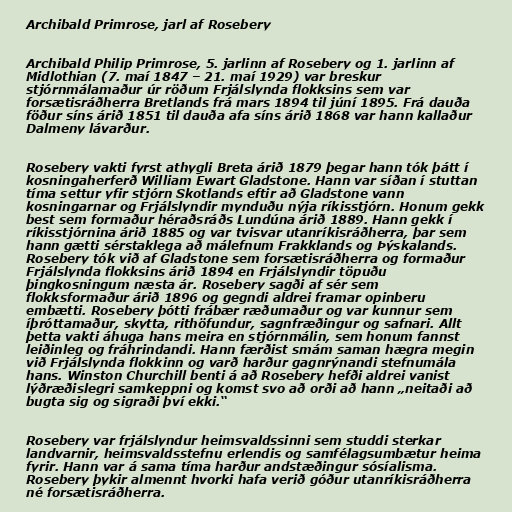
Archibald Primrose, jarl af Rosebery

Archibald Philip Primrose, 5. jarlinn af Rosebery og 1. jarlinn af
Midlothian (7. maí 1847 – 21. maí 1929) var breskur
stjórnmálamaður úr röðum Frjálslynda flokksins sem var
forsætisráðherra Bretlands frá mars 1894 til júní 1895. Frá dauða
föður síns árið 1851 til dauða afa síns árið 1868 var hann kallaður
Dalmeny lávarður.

Rosebery vakti fyrst athygli Breta árið 1879 þegar hann tók þátt í
kosningaherferð William Ewart Gladstone. Hann var síðan í stuttan
tíma settur yfir stjórn Skotlands eftir að Gladstone vann
kosningarnar og Frjálslyndir mynduðu nýja ríkisstjórn. Honum gekk
best sem formaður héraðsráðs Lundúna árið 1889. Hann gekk í
ríkisstjórnina árið 1885 og var tvisvar utanríkisráðherra, þar sem
hann gætti sérstaklega að málefnum Frakklands og Þýskalands.
Rosebery tók við af Gladstone sem forsætisráðherra og formaður
Frjálslynda flokksins árið 1894 en Frjálslyndir töpuðu
þingkosningum næsta ár. Rosebery sagði af sér sem
flokksformaður árið 1896 og gegndi aldrei framar opinberu
embætti. Rosebery þótti frábær ræðumaður og var kunnur sem
íþróttamaður, skytta, rithöfundur, sagnfræðingur og safnari. Allt
þetta vakti áhuga hans meira en stjórnmálin, sem honum fannst
leiðinleg og fráhrindandi. Hann færðist smám saman hægra megin
við Frjálslynda flokkinn og varð harður gagnrýnandi stefnumála
hans. Winston Churchill benti á að Rosebery hefði aldrei vanist
lýðræðislegri samkeppni og komst svo að orði að hann „neitaði að
bugta sig og sigraði því ekki.“

Rosebery var frjálslyndur heimsvaldssinni sem studdi sterkar
landvarnir, heimsvaldsstefnu erlendis og samfélagsumbætur heima
fyrir. Hann var á sama tíma harður andstæðingur sósíalisma.
Rosebery þykir almennt hvorki hafa verið góður utanríkisráðherra
né forsætisráðherra.